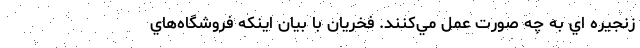
زنجيره اي به چه صورت عمل مي‌كنند. فخريان با بيان اينكه فروشگاه‌هاي